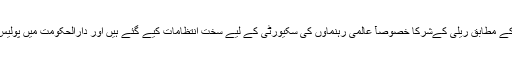
فرانس کے وزیرِ داخلہ برنارڈ کیزینووا کے مطابق ریلی کےشرکا خصوصآً عالمی رہنماؤں کی سکیورٹی کے لیے سخت انتظامات کیے گئے ہیں اور دارالحکومت میں پولیس اور فوج کے ہزاروں اہلکار تعینات ہیں۔